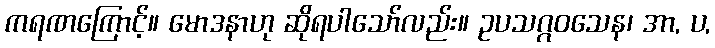
ကရဏကြောင့်။ မောဒနာဟု ဆိုရပါသော်လည်း။ ဥပသဂ္ဂဝသေန၊ အာ, ပ,